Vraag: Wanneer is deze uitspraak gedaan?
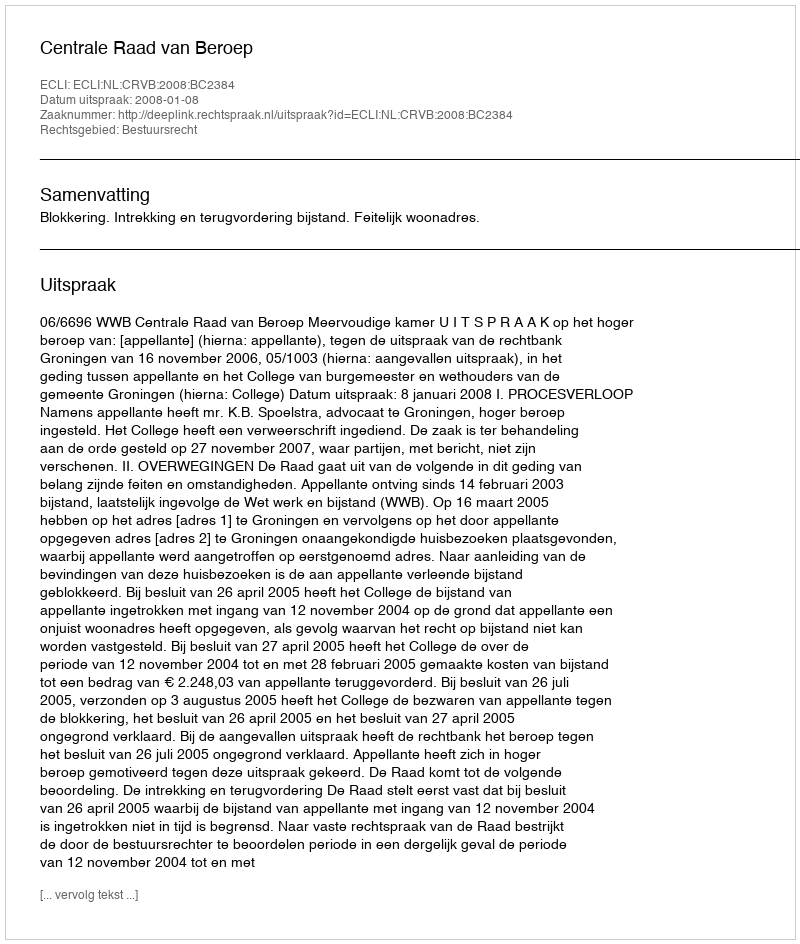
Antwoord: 2008-01-08